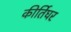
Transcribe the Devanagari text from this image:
कीर्तिघर